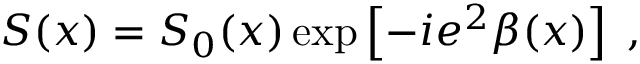
S ( x ) = { \cal S } _ { 0 } ( x ) \exp \left[ - i e ^ { 2 } \beta ( x ) \right] \; ,